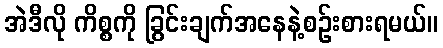
အဲဒီလို ကိစ္စကို ခြွင်းချက်အနေနဲ့စဉ်းစားရမယ်။